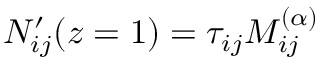
N _ { i j } ^ { \prime } ( z = 1 ) = \tau _ { i j } M _ { i j } ^ { ( \alpha ) }